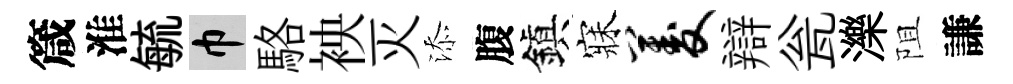
箴淮毓巾駱䘧灭添腹鎭寐菱辯瓮濼阻謙